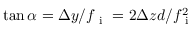
\tan \alpha = \Delta y / f _ { \mathrm { ~ i ~ } } = 2 \Delta z d / f _ { \mathrm { ~ i ~ } } ^ { 2 }